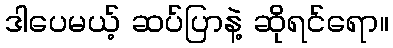
ဒါပေမယ့် ဆပ်ပြာနဲ့ ဆိုရင်ရော။